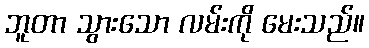
ဘူတာ သွားသော လမ်းကို မေးသည်။